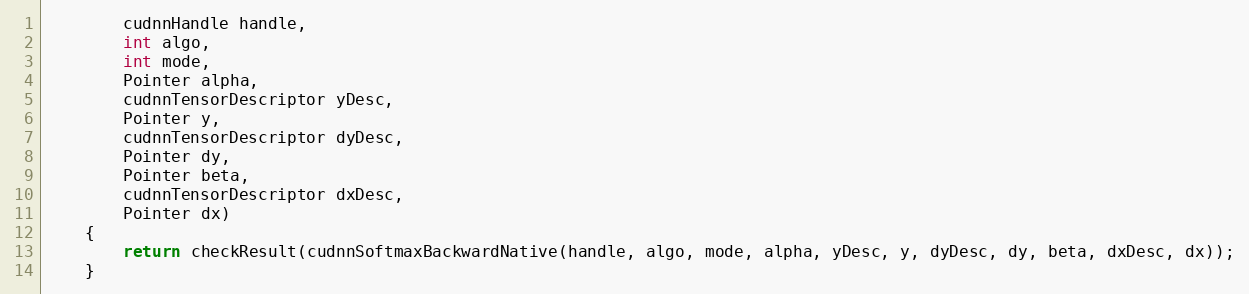
Language: Java
        cudnnHandle handle,
        int algo,
        int mode,
        Pointer alpha,
        cudnnTensorDescriptor yDesc,
        Pointer y,
        cudnnTensorDescriptor dyDesc,
        Pointer dy,
        Pointer beta,
        cudnnTensorDescriptor dxDesc,
        Pointer dx)
    {
        return checkResult(cudnnSoftmaxBackwardNative(handle, algo, mode, alpha, yDesc, y, dyDesc, dy, beta, dxDesc, dx));
    }